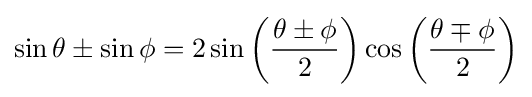
\sin \theta \pm \sin \phi =2\sin \left({\frac {\theta \pm \phi }{2}}\right)\cos \left({\frac {\theta \mp \phi }{2}}\right)